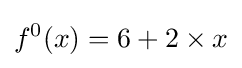
f^{0}(x)=6+2\times x